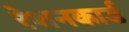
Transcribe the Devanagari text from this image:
रेशनकार्ड